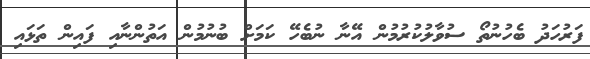
ފަރުހަދު ބެހުނުތޯ ސުވާލުކުރުމުން އޭނާ ނުބެހޭ ކަމަށް ބުނުމުން އަތުންނާއި ފައިން ތަޅައި